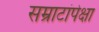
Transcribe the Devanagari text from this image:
सम्राटांपेक्षा